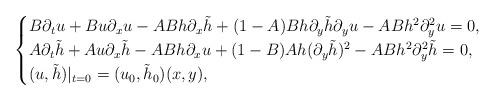
LaTeX: \begin{align*}\begin{cases}B\partial_{t}u+Bu\partial_{x}u-ABh\partial_{x}\tilde{h}+(1-A)Bh\partial_{y}\tilde{h}\partial_{y}u-ABh^2\partial_{y}^2u=0,\\A\partial_{t}\tilde{h}+Au\partial_{x}\tilde{h}-ABh\partial_{x}u+(1-B)Ah(\partial_{y}\tilde{h})^2-ABh^2\partial_{y}^2\tilde{h}=0,\\(u, \tilde{h})|_{t=0}=(u_0, \tilde{h}_0)(x, y),\end{cases}\end{align*}